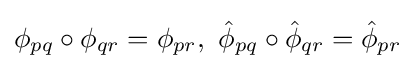
\phi _{pq}\circ \phi _{qr}=\phi _{pr},\ {\hat {\phi }}_{pq}\circ {\hat {\phi }}_{qr}={\hat {\phi }}_{pr}